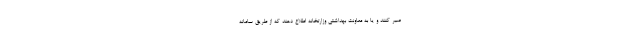
صبر کنند و یا به معاونت بهداشتی وزارتخانه اطلاع دهند که از طریق سامانه